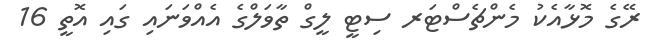
ރޭގެ މޮޅާއެކު މެންޗެސްޓަރ ސިޓީ ލީގް ތާވަލްގެ އެއްވަނައި ގައި އޮތީ 16